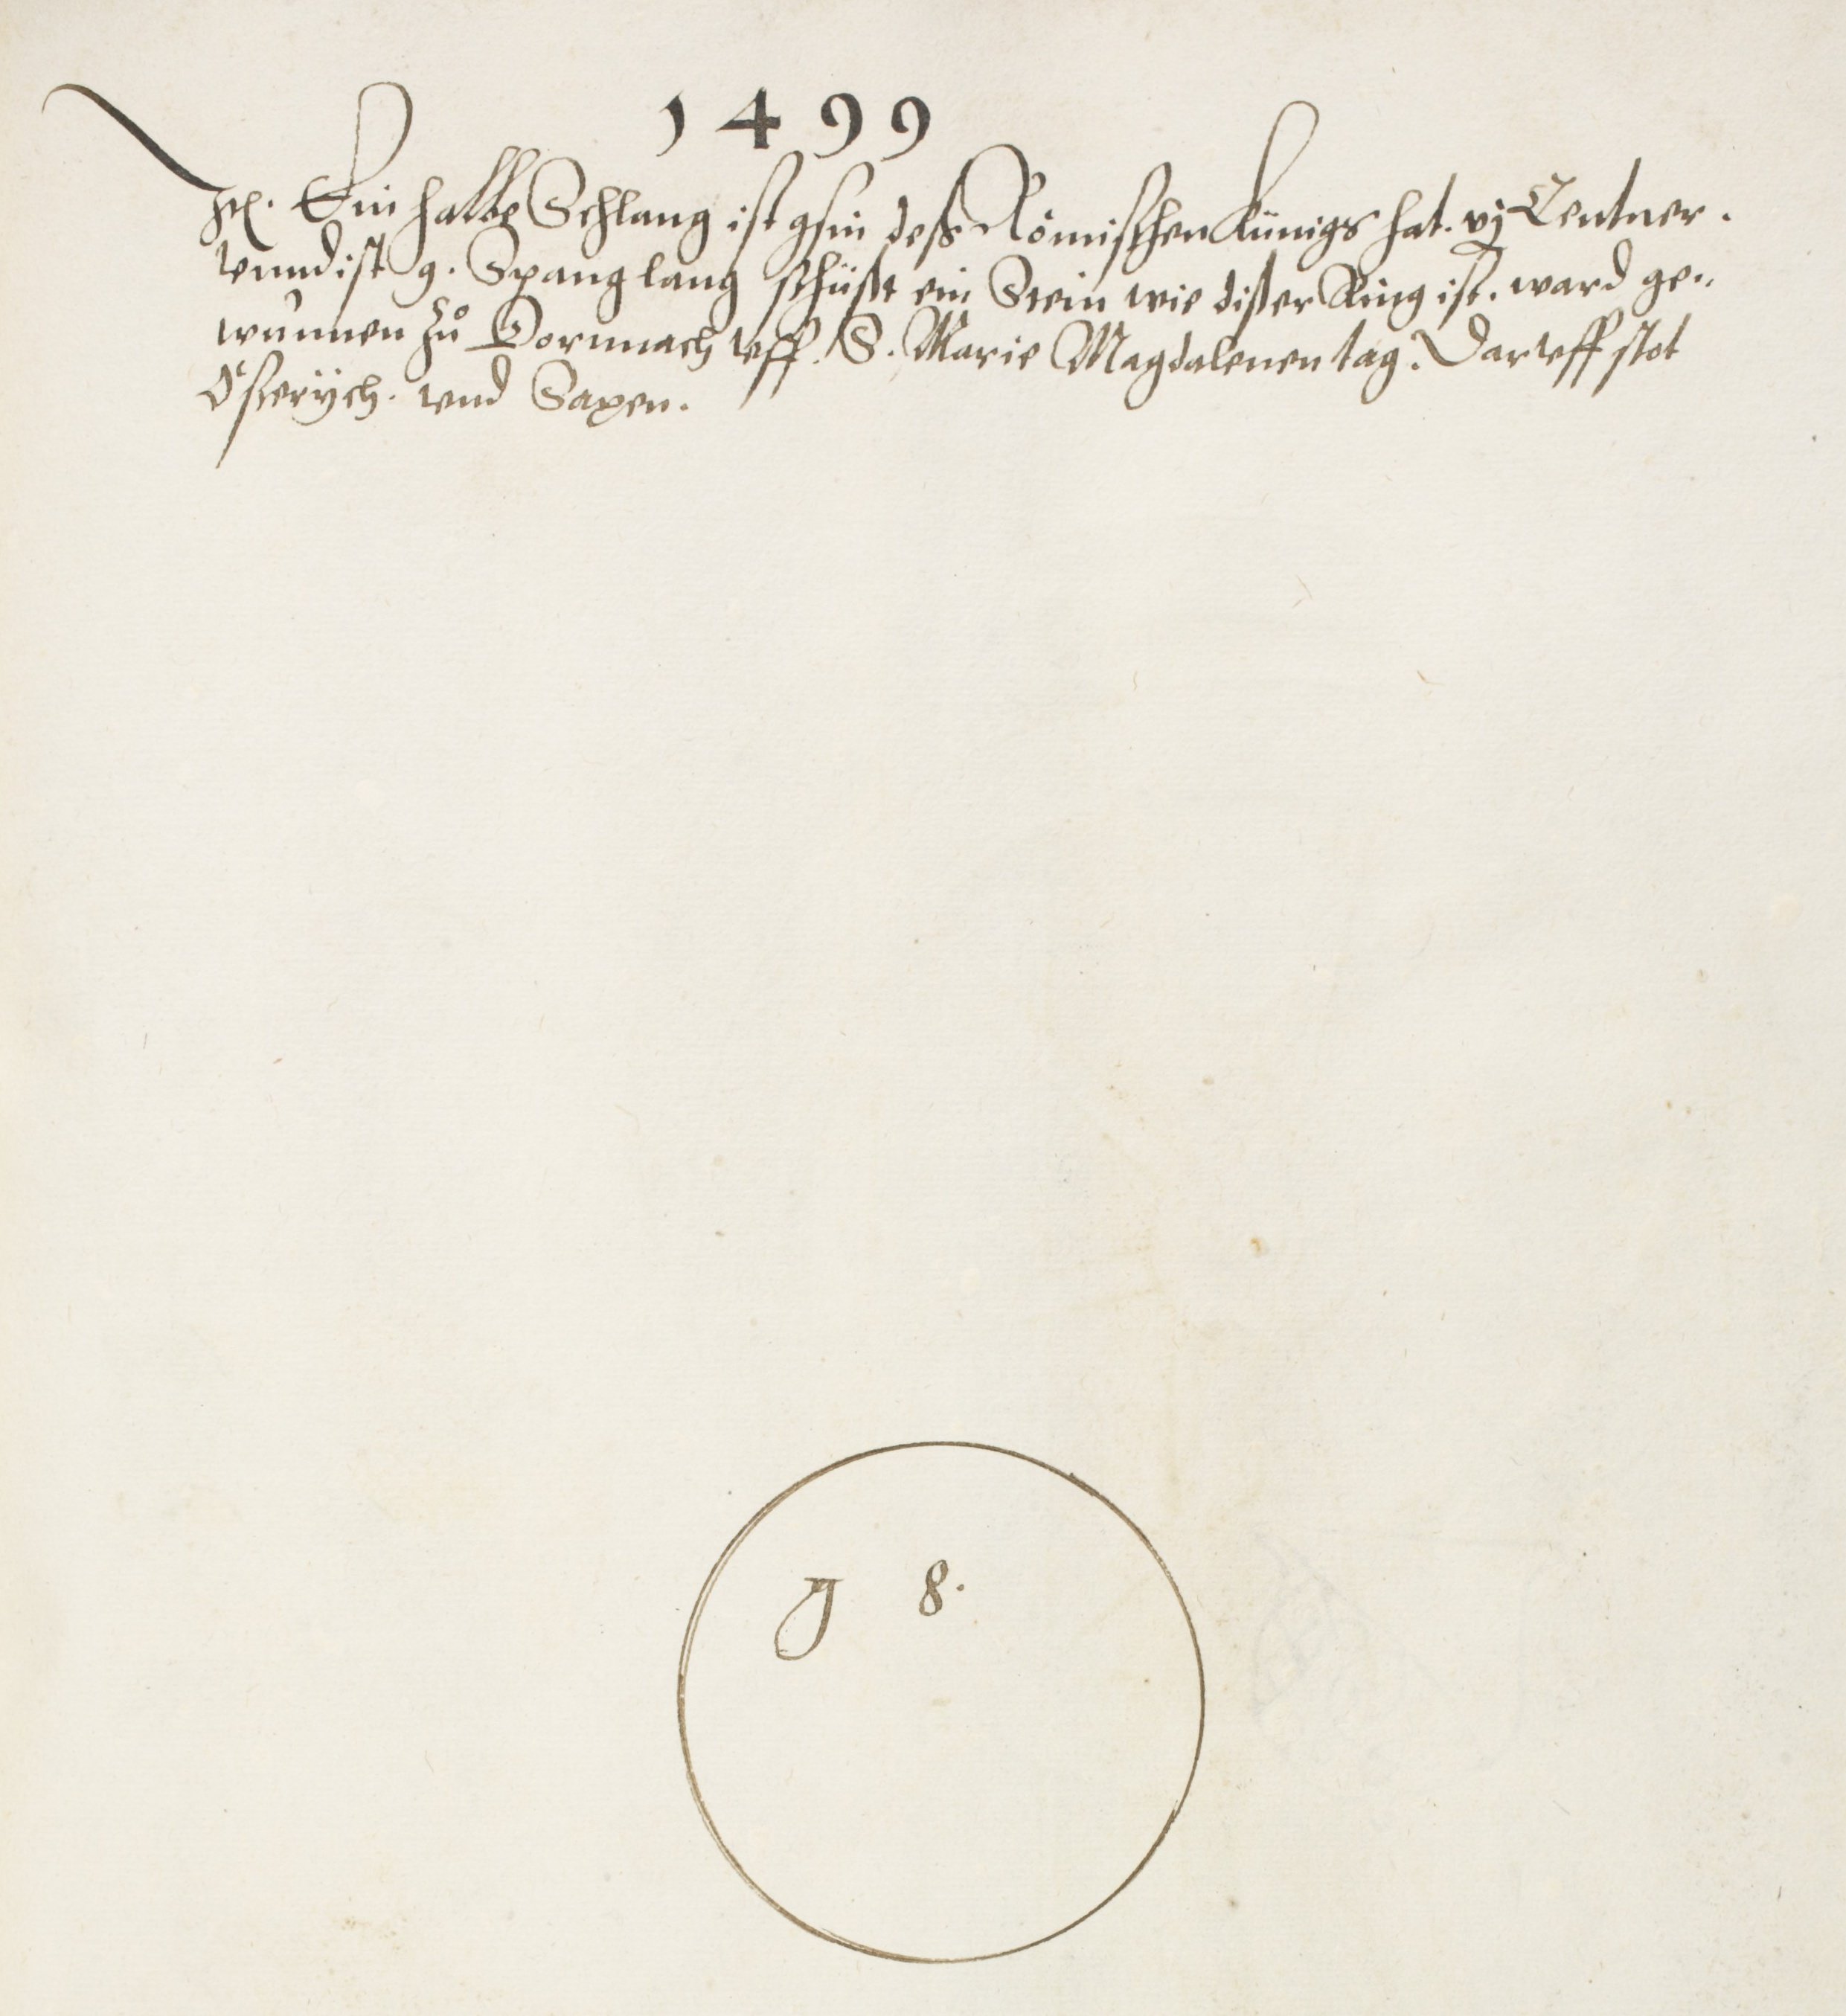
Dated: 1572–1572